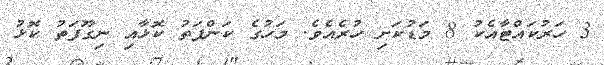
3 ހަރުކައްޓާއެކު 8 މަޑުކަށި ހުރެއެވެ. މަހުގެ ކަންފަތު ކޮޅާއި ނިގޫފަތު ކޮޅު